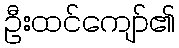
ဦးထင်ကျော်၏